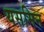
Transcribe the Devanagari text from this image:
यसमिन